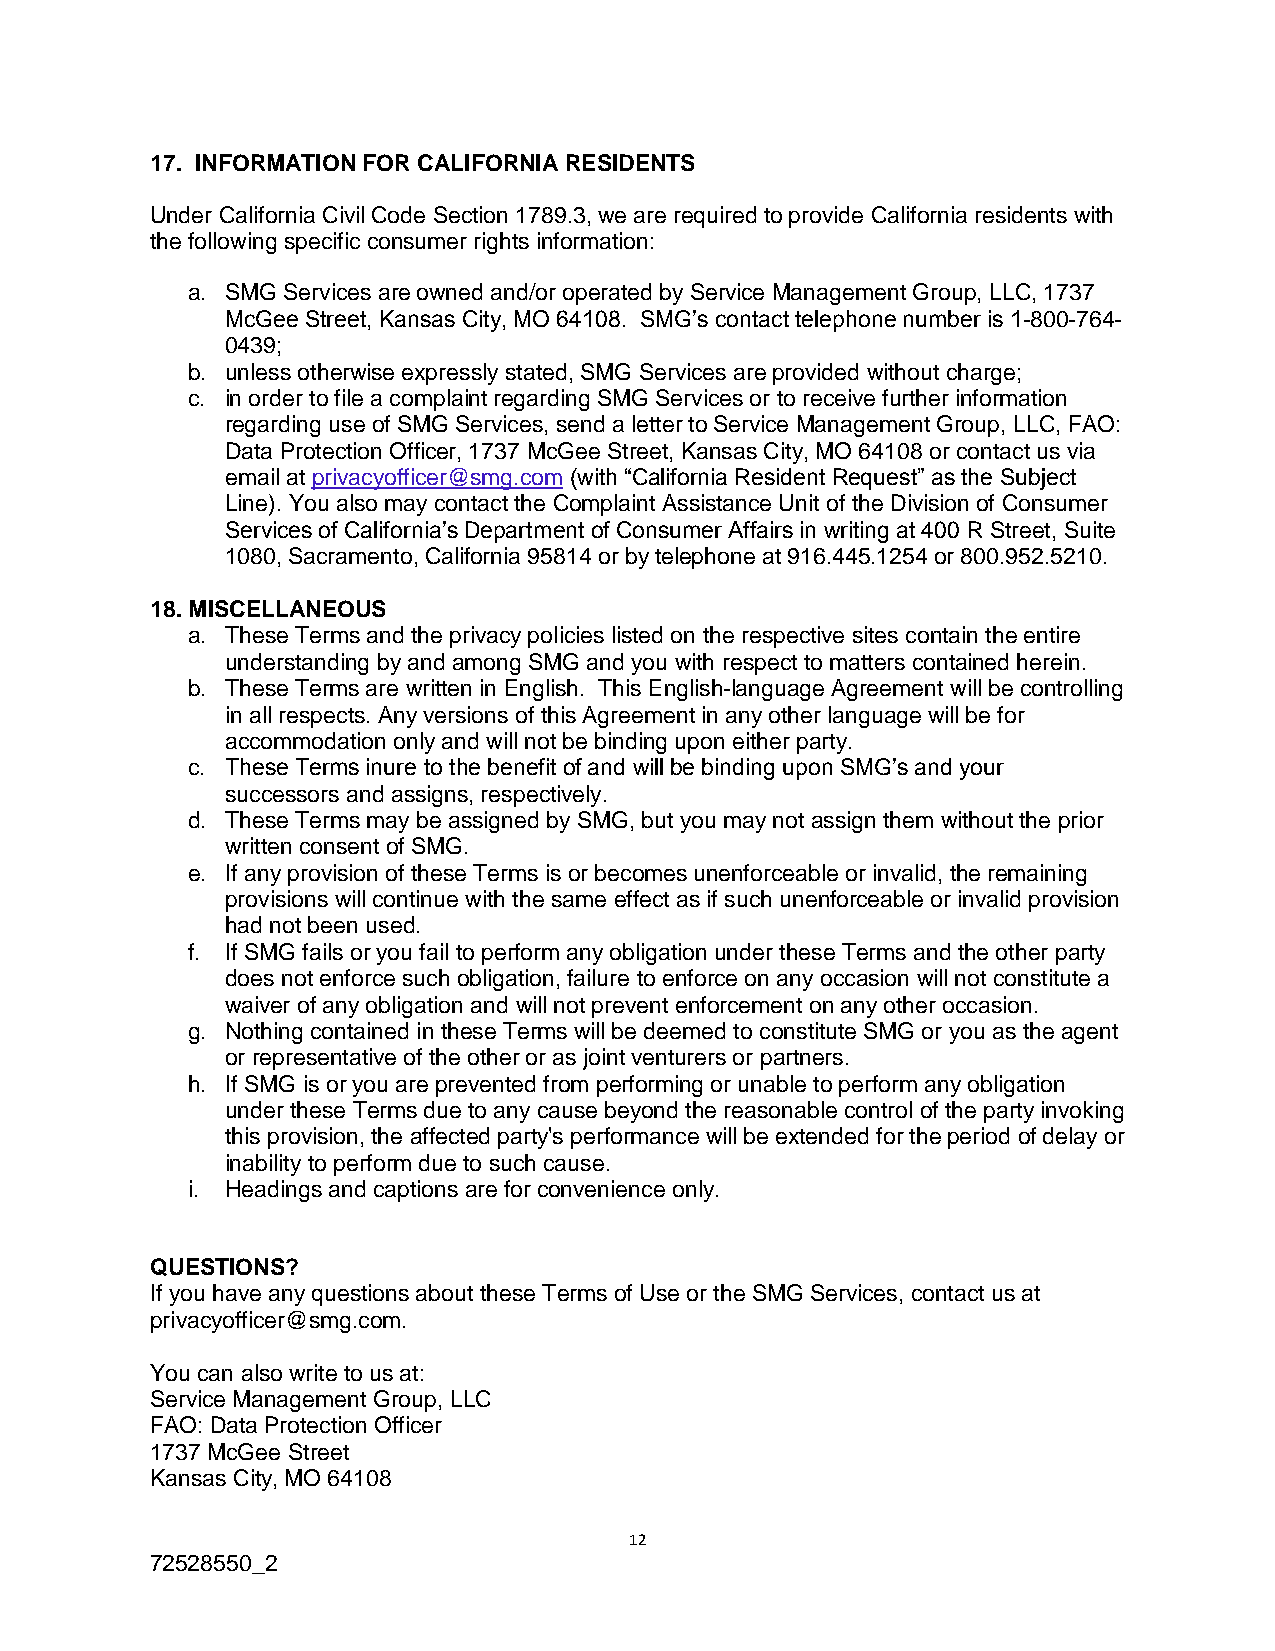
17. INFORMATION FOR CALIFORNIA RESIDENTS
 Under California Civil Code Section 1789.3, we are required to provide California residents with
 the following specific consumer rights information:
 a. SMG Services are owned and/or operated by Service Management Group, LLC, 1737
 McGee Street, Kansas City, MO 64108. SMG’s contact telephone number is 1-800-764-
 0439;
 b. unless otherwise expressly stated, SMG Services are provided without charge;
 c. in order to file a complaint regarding SMG Services or to receive further information
 regarding use of SMG Services, send a letter to Service Management Group, LLC, FAO:
 Data Protection Officer, 1737 McGee Street, Kansas City, MO 64108 or contact us via
 email at privacyofficer@smg.com (with “California Resident Request” as the Subject
 Line). You also may contact the Complaint Assistance Unit of the Division of Consumer
 Services of California’s Department of Consumer Affairs in writing at 400 R Street, Suite
 1080, Sacramento, California 95814 or by telephone at 916.445.1254 or 800.952.5210.
 18. MISCELLANEOUS
 a. These Terms and the privacy policies listed on the respective sites contain the entire
 understanding by and among SMG and you with respect to matters contained herein.
 b. These Terms are written in English. This English-language Agreement will be controlling
 in all respects. Any versions of this Agreement in any other language will be for
 accommodation only and will not be binding upon either party.
 c. These Terms inure to the benefit of and will be binding upon SMG’s and your
 successors and assigns, respectively.
 d. These Terms may be assigned by SMG, but you may not assign them without the prior
 written consent of SMG.
 e. If any provision of these Terms is or becomes unenforceable or invalid, the remaining
 provisions will continue with the same effect as if such unenforceable or invalid provision
 had not been used.
 f. If SMG fails or you fail to perform any obligation under these Terms and the other party
 does not enforce such obligation, failure to enforce on any occasion will not constitute a
 waiver of any obligation and will not prevent enforcement on any other occasion.
 g. Nothing contained in these Terms will be deemed to constitute SMG or you as the agent
 or representative of the other or as joint venturers or partners.
 h. If SMG is or you are prevented from performing or unable to perform any obligation
 under these Terms due to any cause beyond the reasonable control of the party invoking
 this provision, the affected party's performance will be extended for the period of delay or
 inability to perform due to such cause.
 i. Headings and captions are for convenience only.
 QUESTIONS?
 If you have any questions about these Terms of Use or the SMG Services, contact us at
 privacyofficer@smg.com.
 You can also write to us at:
 Service Management Group, LLC
 FAO: Data Protection Officer
 1737 McGee Street
 Kansas City, MO 64108
 12
 72528550_2